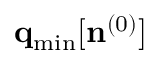
{ \bf q } _ { \mathrm { m i n } } [ { \bf n } ^ { ( 0 ) } ]